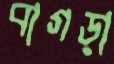
বাগড়া